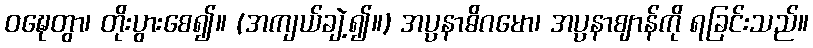
ဝဍ္ဎေတွာ၊ တိုးပွားစေ၍။ (အကျယ်ချဲ့၍။) အပ္ပနာဓိဂမော၊ အပ္ပနာဈာန်ကို ရခြင်းသည်။